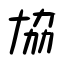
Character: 協